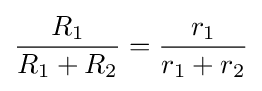
{\frac {R_{1}}{R_{1}+R_{2}}}={\frac {r_{1}}{r_{1}+r_{2}}}